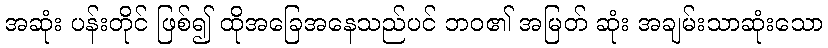
အဆုံး ပန်းတိုင် ဖြစ်၍ ထိုအခြေအနေသည်ပင် ဘဝ၏ အမြတ် ဆုံး အချမ်းသာဆုံးသော